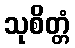
သုစိတ္တံ